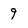
Character: 9